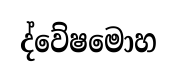
ද්වේෂමොහ